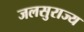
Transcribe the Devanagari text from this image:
जलसुराज्य